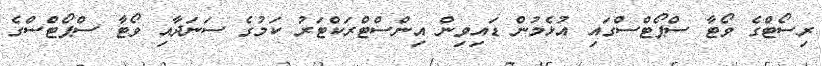
ރިސޯޓްގެ ވޯޓާ ސްޕޯޓްސްގައި އުޅެމުން ޑައިވިން އިންސްޓްރަކްޓަރު ކަމުގެ ސަނަދާއި ވޯޓާ ސްޕޯޓްސްގެ